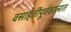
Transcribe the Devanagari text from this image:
वसाहतींपूर्वकालात